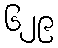
၆၂၉